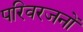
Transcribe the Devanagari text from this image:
परिवरजनों